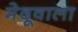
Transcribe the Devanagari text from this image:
मेदूवाला